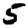
Digit: 5